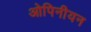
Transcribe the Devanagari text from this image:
ओपिनीयन